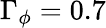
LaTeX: \Gamma_{\phi}=0.7